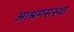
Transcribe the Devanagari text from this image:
आश्रमसंस्था